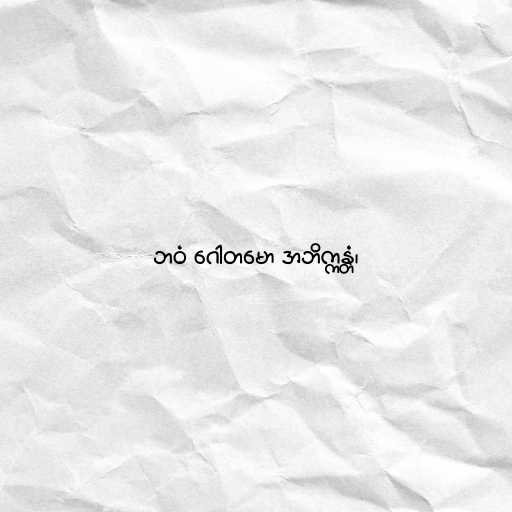
ဘဝံ ဂေါတမော အဘိက္ကန္တံ၊